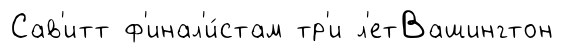
Сав'итт ф'инал'и́стам тр'и л'етВашингтон